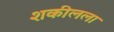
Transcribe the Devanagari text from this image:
शकीलला